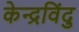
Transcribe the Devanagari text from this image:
केन्द्रविंदु